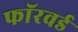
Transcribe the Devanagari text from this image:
फाॅरवर्ड